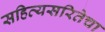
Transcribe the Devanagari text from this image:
सहित्यसरितेचा